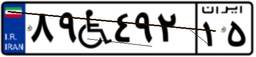
۸۹W۴۹۲۱۵